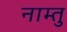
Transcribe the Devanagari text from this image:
नाम्तु